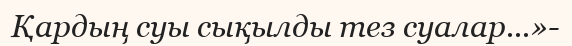
Қардың суы сықылды тез суалар...»-